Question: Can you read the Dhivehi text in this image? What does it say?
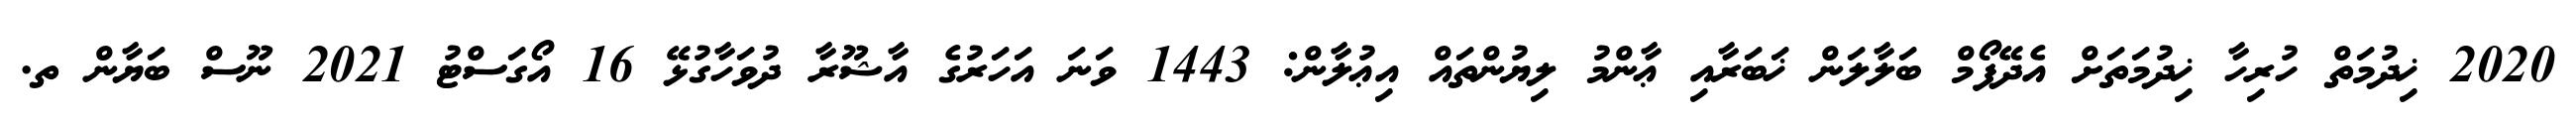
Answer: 2020 ޚިދުމަތް ހުރިހާ ޚިދުމަތަށް އެދޭފޯމް ބަލާލަން ޚަބަރާއި ޢާންމު ލިޔުންތައް އިޢުލާން: 1443 ވަނަ އަހަރުގެ އާޝޫރާ ދުވަހާގުޅޭ 16 އޯގަސްޓު 2021 ނޫސް ބަޔާން ތ.